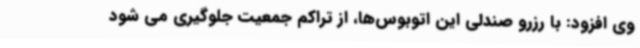
وی افزود: با رزرو صندلی این اتوبوس‌ها، از تراکم جمعیت جلوگیری می شود